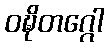
ဝဍ္ဎိတဂ္ဂေါ